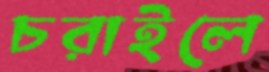
চরাইলে